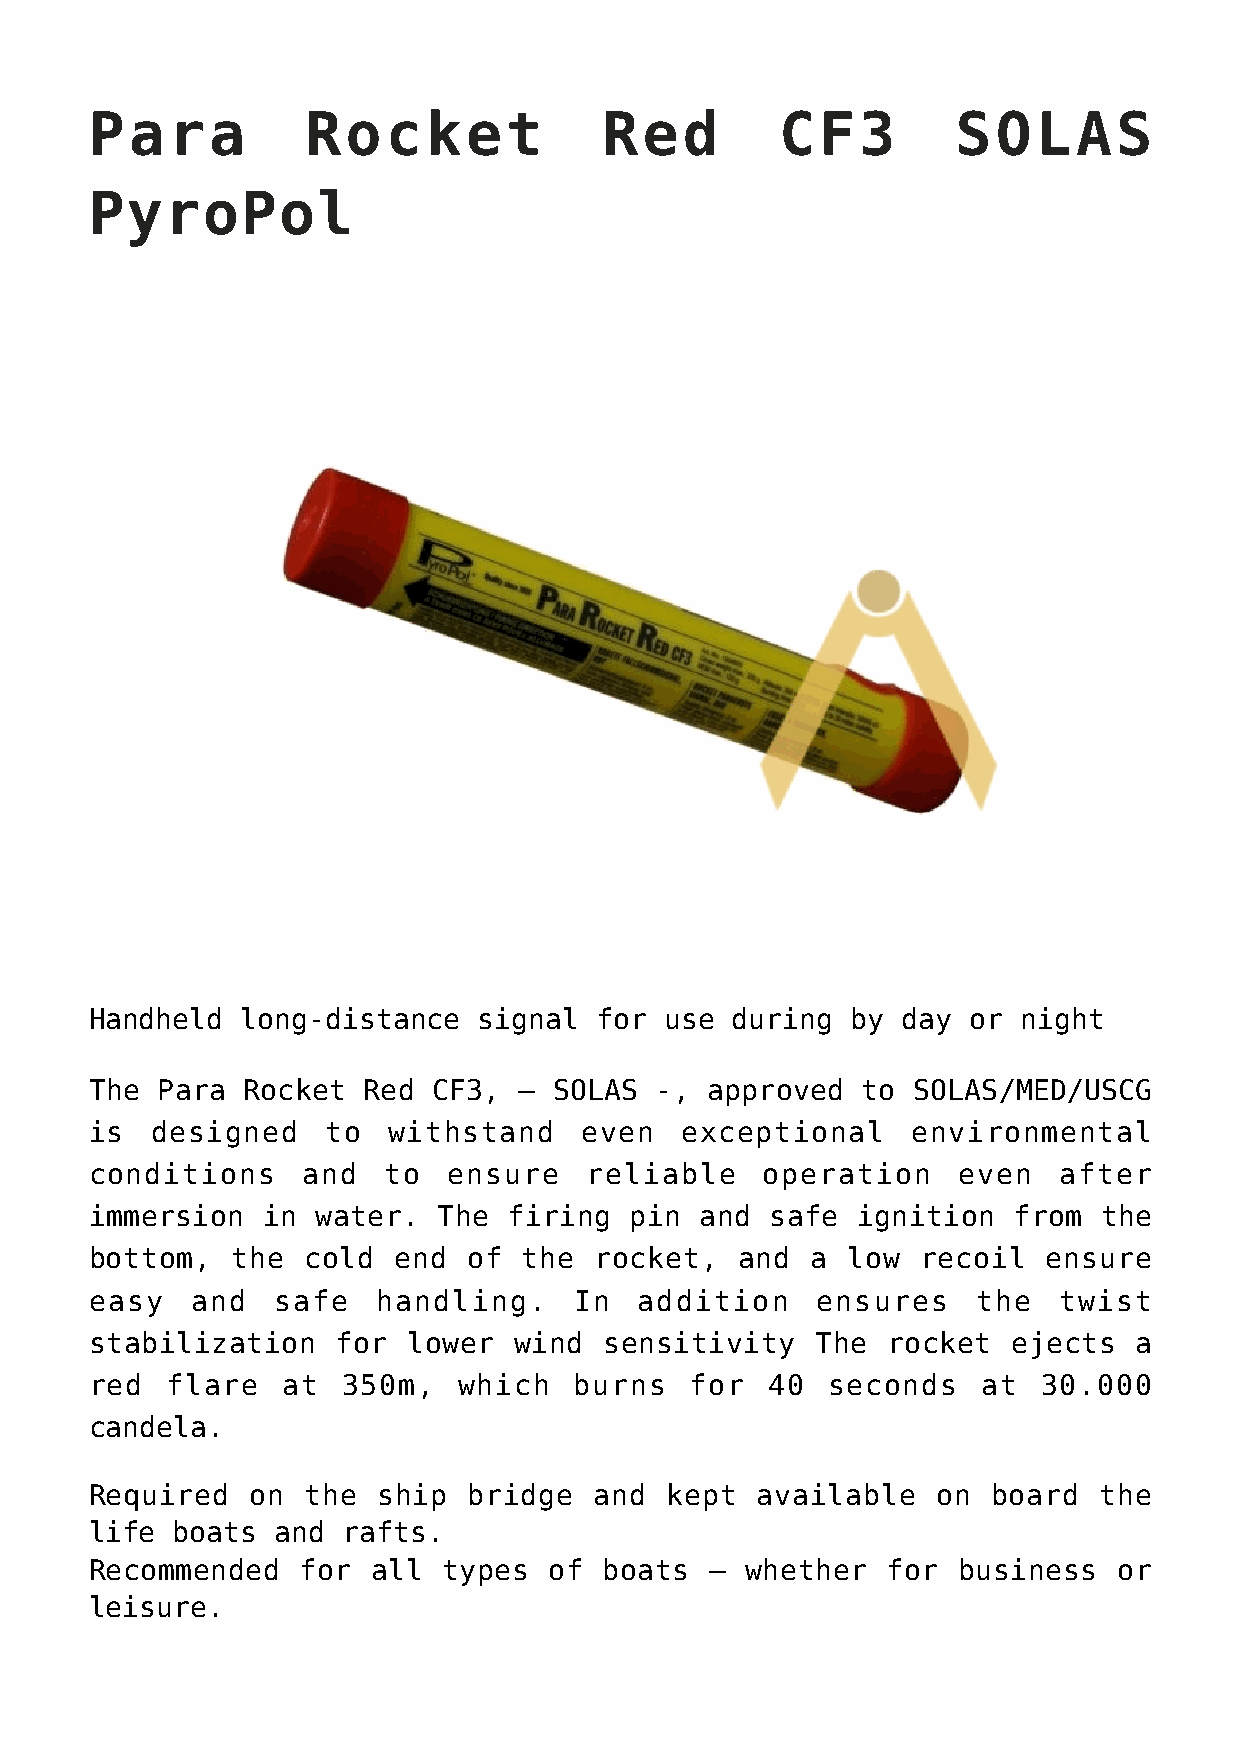
Para          Rocket              Red         CF3        SOLAS
 PyroPol
 Handheld  long-distance   signal for  use during  by  day or  night
 The Para  Rocket  Red  CF3, –  SOLAS -,  approved  to SOLAS/MED/USCG
 is  designed    to  withstand    even  exceptional    environmental
 conditions    and  to   ensure   reliable    operation   even   after
 immersion  in  water.  The  firing  pin and  safe  ignition  from  the
 bottom,  the  cold  end  of  the rocket,   and  a low  recoil  ensure
 easy   and  safe   handling.    In  addition    ensures    the  twist
 stabilization   for  lower  wind  sensitivity   The  rocket  ejects  a
 red  flare   at  350m,  which   burns   for  40  seconds   at  30.000
 candela.
 Required   on the  ship  bridge  and  kept  available   on  board  the
 life boats  and  rafts.
 Recommended   for  all types  of  boats  – whether   for business   or
 leisure.